Note on the mental hospitals in Burma - 1925-1940
Year: 1925
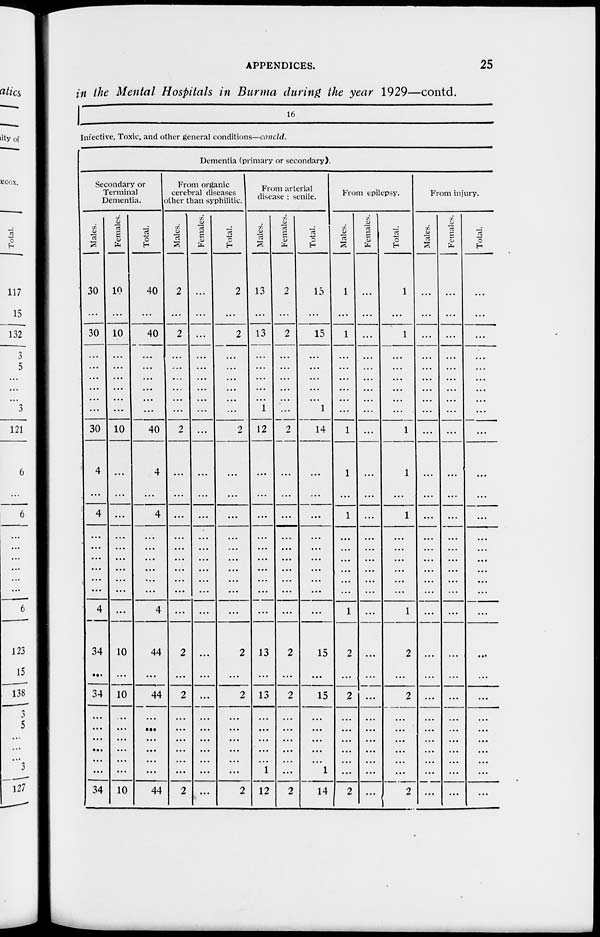
APPENDICES.
25
in the Mental Hospitals in Burma during the year 1929—contd.
16
Infective, Toxic, and other general conditions—concld.
Dementia (primary or secondary).
Secondary or
Terminal
Dementia.
Males.
30
...
30
...
...
...
...
...
...
30
4
...
4
...
...
...
...
...
...
4
34
...
34
...
...
...
...
...
...
34
Females.
10
...
10
...
...
...
...
...
...
10
...
...
...
...
...
...
...
...
...
...
10
...
10
..
...
...
...
...
...
10
Total.
40
...
40
...
...
...
...
...
...
40
4
...
4
...
...
...
...
...
...
4
44
...
44
...
...
...
...
...
...
44
From organic
cerebral diseases
other than syphilitic.
Males.
2
...
2
...
...
...
...
...
...
2
...
...
...
...
...
...
...
...
...
...
2
...
2
...
...
...
...
...
...
2
Females.
...
...
...
...
...
...
...
...
...
...
...
...
...
...
...
...
...
...
...
...
...
...
...
...
...
...
...
...
...
...
Total.
2
...
2
...
...
...
...
...
...
2
...
...
...
...
...
...
...
...
...
...
2
...
2
...
...
...
...
...
...
2
From arterial
disease ; senile.
Males.
13
...
13
...
...
...
...
...
1
12
...
...
...
...
...
...
...
...
...
...
13
...
13
...
...
...
...
...
1
12
Females.
2
...
2
...
...
...
...
...
...
2
...
...
...
...
...
...
...
...
...
...
2
...
2
...
...
...
...
...
...
2
Total.
15
...
15
...
...
...
...
...
1
14
...
...
...
...
...
...
...
...
...
...
15
...
15
...
...
...
...
...
1
14
From epilepsy.
Males.
1
...
1
...
...
...
...
...
...
1
1
...
1
...
...
...
...
...
...
1
2
...
2
...
...
...
...
...
...
2
Females.
...
...
...
...
...
...
...
...
...
...
...
...
...
...
...
...
...
...
...
...
...
...
...
...
...
...
...
...
...
...
Total.
1
...
1
...
...
...
...
...
...
1
1
...
1
...
...
...
...
...
...
1
2
...
2
...
...
...
...
...
...
2
From injury.
Males.
...
...
...
...
...
...
...
...
...
...
...
...
...
...
...
...
...
...
...
...
...
...
...
...
...
...
...
...
...
...
Females.
...
...
...
...
...
...
...
...
...
...
...
...
...
...
...
...
...
...
...
...
...
...
...
...
...
...
...
...
...
...
Total.
...
...
...
...
...
...
...
...
...
...
...
...
...
...
...
...
...
...
...
...
...
...
...
...
...
...
...
...
...
...